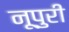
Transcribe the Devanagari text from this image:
नूपुरी